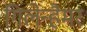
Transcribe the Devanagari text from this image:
गिलेन्हैमर